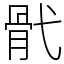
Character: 骮